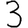
Digit: 3